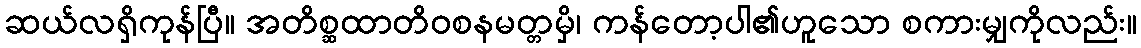
ဆယ်လရှိကုန်ပြီ။ အတိစ္ဆထာတိဝစနမတ္တမှိ၊ ကန်တော့ပါ၏ဟူသော စကားမျှကိုလည်း။